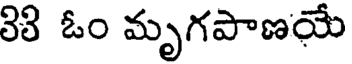
38 ఓం మృగపాణయే